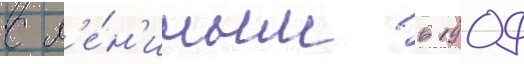
с л'е́н'иным в 1909